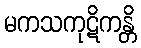
မကသကုဋိကန္တိ